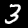
Digit: 3